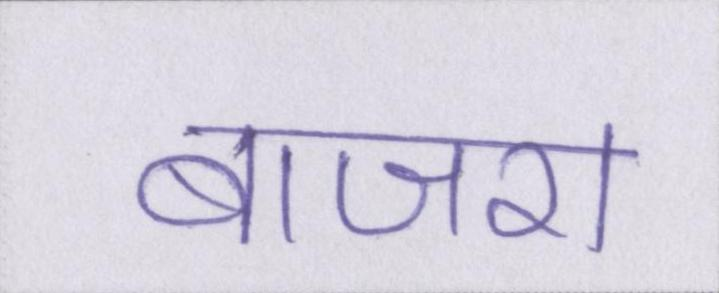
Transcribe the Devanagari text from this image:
बाजरा